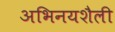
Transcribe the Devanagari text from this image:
अभिनयशैली